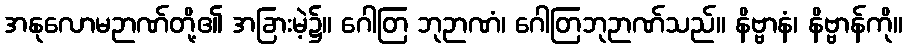
အနုလောမဉာဏ်တို့၏ အခြားမဲ့၌။ ဂေါတြ ဘုဉာဏံ၊ ဂေါတြဘုဉာဏ်သည်။ နိဗ္ဗာနံ၊ နိဗ္ဗာန်ကို။